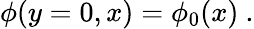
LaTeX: \phi(y=0,x)=\phi_{0}(x)\ .